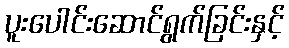
ပူးပေါင်းဆောင်ရွက်ခြင်းနှင့်